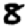
Digit: 8